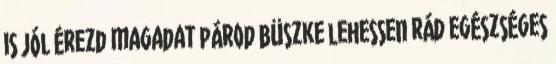
is jól érezd magadat párod büszke lehessen rád egészséges